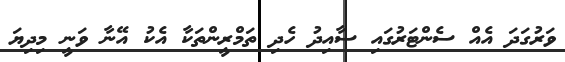
ވަރުގަދަ އެއް ސެންޓަރުގައި ސާއިދު ހެދި ތަމްރީންތަކާ އެކު އޭނާ ވަނީ މިދިޔަ